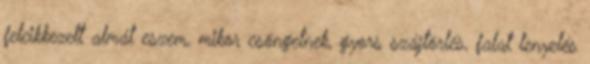
felcikkezett almát eszem, mikor csöngetnek, gyors szájtörlés, falat lenyelés